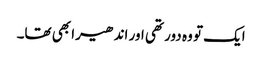
ایک تو وہ دور تھی اور اندھیرا بھی تھا۔